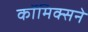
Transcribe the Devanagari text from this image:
कॉमिक्सने